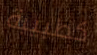
كطبيبة